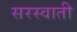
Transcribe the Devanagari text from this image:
सरस्वाती